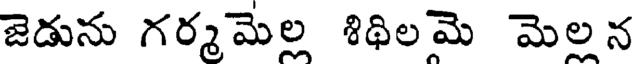
జెడును గర్మమెల శిథిలమె మెలన